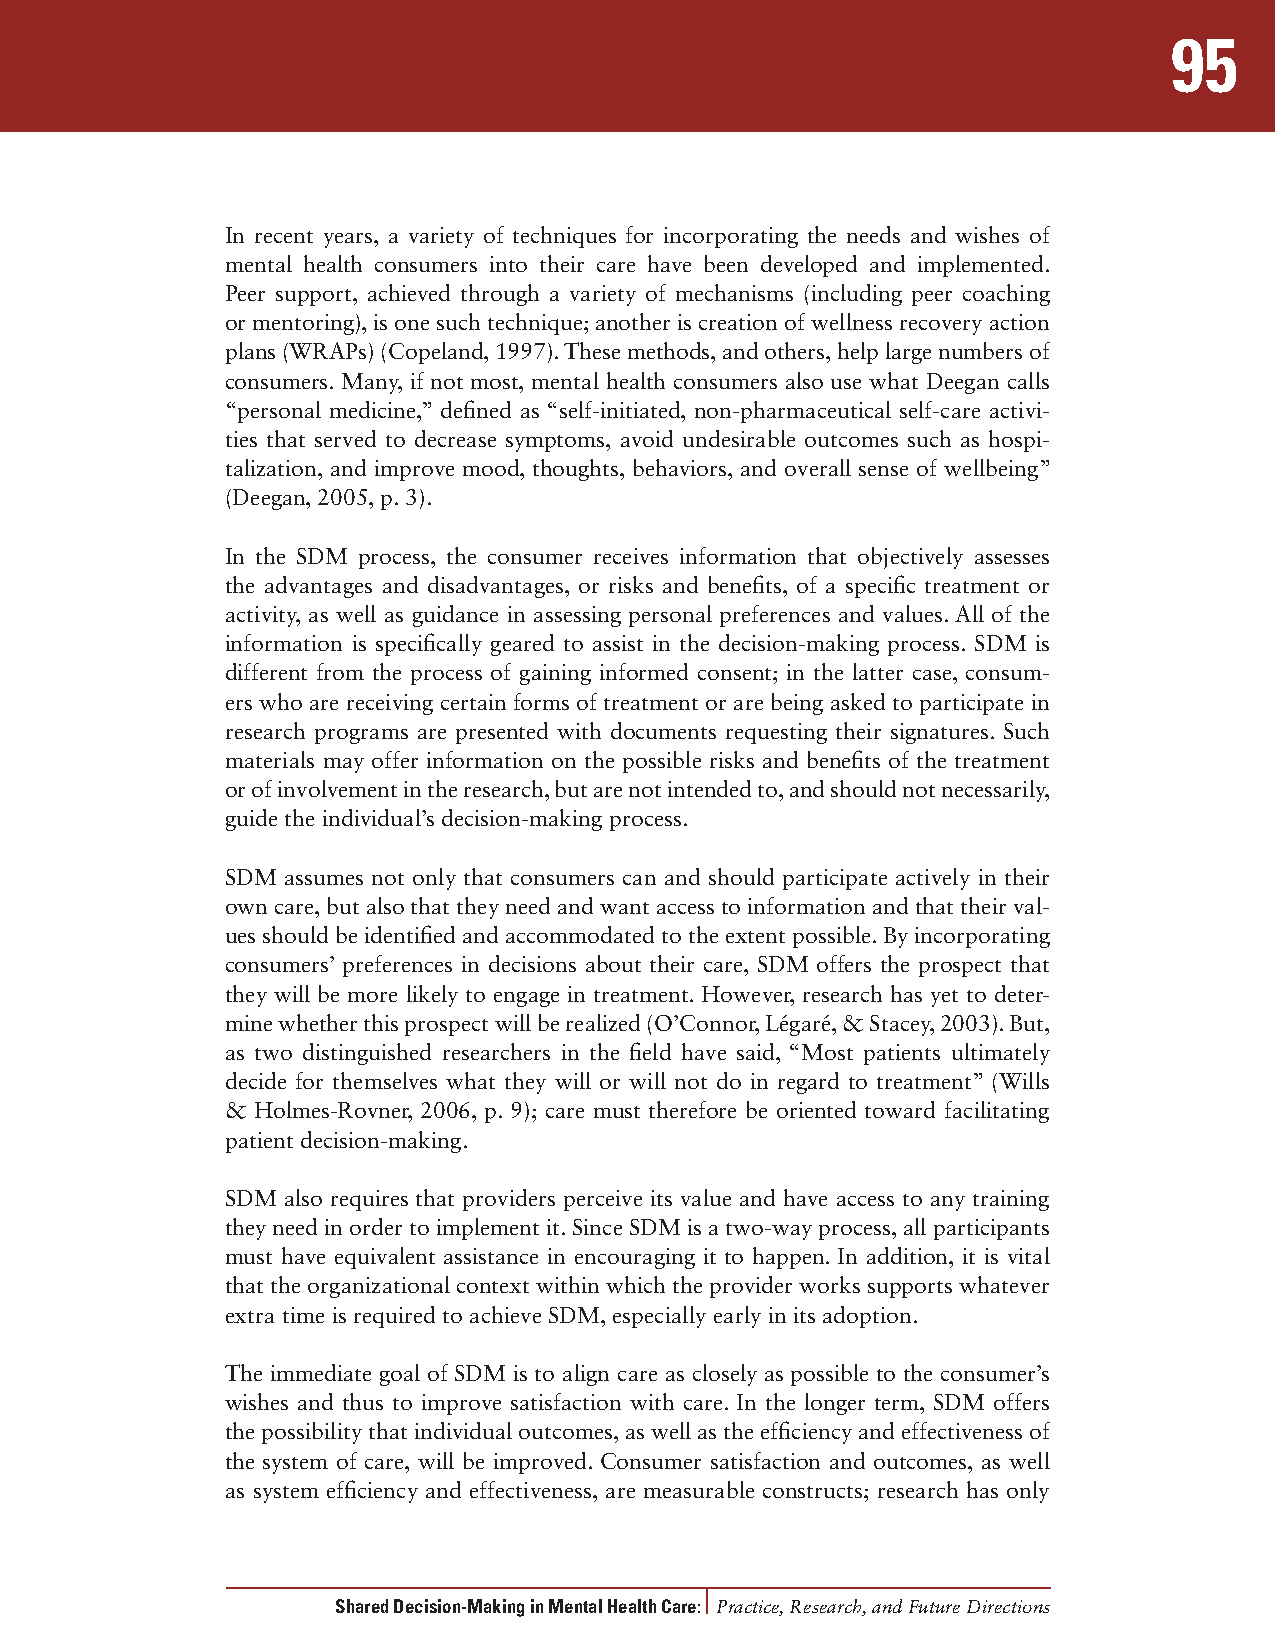
95
 In recent years, a variety of techniques for incorporating the needs and wishes of
 mental health consumers into their care have been developed and implemented.
 Peer support, achieved through a variety of mechanisms (including peer coaching
 or mentoring), is one such technique; another is creation of wellness recovery action
 plans (WRAPs) (Copeland, 1997). These methods, and others, help large numbers of
 consumers. Many, if not most, mental health consumers also use what Deegan calls
 “personal medicine,” defined as “self-initiated, non-pharmaceutical self-care activi-
 ties that served to decrease symptoms, avoid undesirable outcomes such as hospi-
 talization, and improve mood, thoughts, behaviors, and overall sense of wellbeing”
 (Deegan, 2005, p. 3).
 In the SDM process, the consumer receives information that objectively assesses
 the advantages and disadvantages, or risks and benefits, of a specific treatment or
 activity, as well as guidance in assessing personal preferences and values. All of the
 information is specifically geared to assist in the decision-making process. SDM is
 different from the process of gaining informed consent; in the latter case, consum-
 ers who are receiving certain forms of treatment or are being asked to participate in
 research programs are presented with documents requesting their signatures. Such
 materials may offer information on the possible risks and benefits of the treatment
 or of involvement in the research, but are not intended to, and should not necessarily,
 guide the individual’s decision-making process.
 SDM assumes not only that consumers can and should participate actively in their
 own care, but also that they need and want access to information and that their val-
 ues should be identified and accommodated to the extent possible. By incorporating
 consumers’ preferences in decisions about their care, SDM offers the prospect that
 they will be more likely to engage in treatment. However, research has yet to deter-
 mine whether this prospect will be realized (O’Connor, Légaré, & Stacey, 2003). But,
 as two distinguished researchers in the field have said, “Most patients ultimately
 decide for themselves what they will or will not do in regard to treatment” (Wills
 & Holmes-Rovner, 2006, p. 9); care must therefore be oriented toward facilitating
 patient decision-making.
 SDM also requires that providers perceive its value and have access to any training
 they need in order to implement it. Since SDM is a two-way process, all participants
 must have equivalent assistance in encouraging it to happen. In addition, it is vital
 that the organizational context within which the provider works supports whatever
 extra time is required to achieve SDM, especially early in its adoption.
 The immediate goal of SDM is to align care as closely as possible to the consumer’s
 wishes and thus to improve satisfaction with care. In the longer term, SDM offers
 the possibility that individual outcomes, as well as the efficiency and effectiveness of
 the system of care, will be improved. Consumer satisfaction and outcomes, as well
 as system efficiency and effectiveness, are measurable constructs; research has only
 Shared Decision-Making in Mental Health Care: Practice, Research, and Future Directions